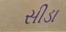
સીડા